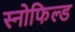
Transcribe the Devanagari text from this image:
स्‍नोफिल्‍ड